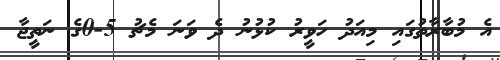
އެ މުބާރާތުގައި މިއަދު ހަވީރު ކުޅުނު ދެ ވަނަ މެޗު 5-0ގެ ނަތީޖާ